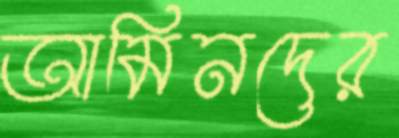
আমিনদের